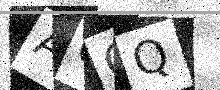
Text: AGOQ